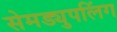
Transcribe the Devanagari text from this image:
सेमड्युपलिंग